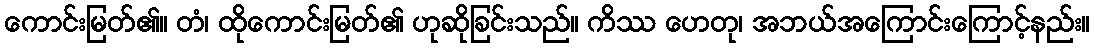
ကောင်းမြတ်၏။ တံ၊ ထိုကောင်းမြတ်၏ ဟုဆိုခြင်းသည်။ ကိဿ ဟေတု၊ အဘယ်အကြောင်းကြောင့်နည်း။